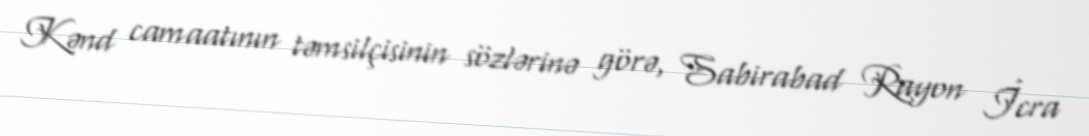
Kənd camaatının təmsilçisinin sözlərinə görə, Sabirabad Rayon İcra